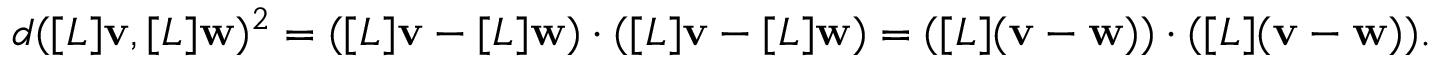
d ( [ L ] \mathbf { v } , [ L ] \mathbf { w } ) ^ { 2 } = ( [ L ] \mathbf { v } - [ L ] \mathbf { w } ) \cdot ( [ L ] \mathbf { v } - [ L ] \mathbf { w } ) = ( [ L ] ( \mathbf { v } - \mathbf { w } ) ) \cdot ( [ L ] ( \mathbf { v } - \mathbf { w } ) ) .